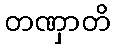
တဏှာတိ